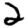
Digit: 2